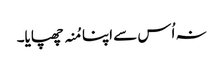
نہ اُس سے اپنا مُنہ چھپایا۔